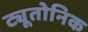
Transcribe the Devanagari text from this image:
ट्यूतोनिक